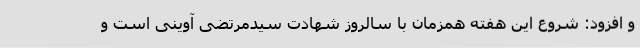
و افزود: شروع این هفته همزمان با سالروز شهادت سیدمرتضی آوینی است و